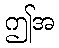
ဤအ